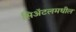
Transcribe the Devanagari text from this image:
सिॲटलमधील